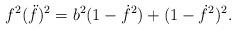
LaTeX: \begin{align*} f^2 (\ddot{f})^2 = b^2 (1 - \dot{f}^2) + (1 - \dot{f}^2)^2.\end{align*}